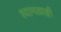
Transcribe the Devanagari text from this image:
श्यामळाङ्गी